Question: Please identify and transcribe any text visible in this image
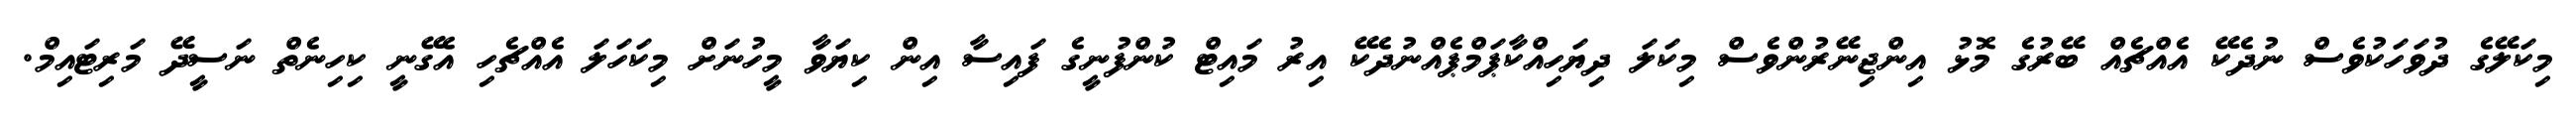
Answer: މިކަލޭގެ ދުވަހަކުވެސް ނުދެކޭ އެއްޗެއް ބޭރުގެ މޮޅު އިންޖިނޭރުންވެސް މިކަލަ ދިޔަހިއްކާޕަމްޕެއްނުދެކޭ އިރު މައިޓް ކުންފުނީގެ ފައިސާ އިން ކިޔަވާ މީހުނަށް މިކަހަލަ އެއްޗެހި އެގޭނީ ކިހިނެތް ނަސީދޭ މަރިޓައިމް.